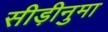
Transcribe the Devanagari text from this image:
सीड़ीनुमा